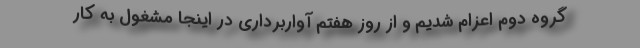
گروه دوم اعزام شدیم و از روز هفتم آواربرداری در اینجا مشغول به کار